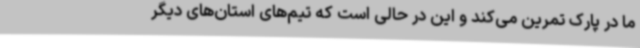
ما در پارک تمرین می‌کند و این در حالی است که تیم‌های استان‌های دیگر